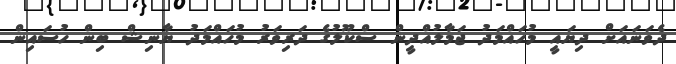
ދެވަނައަށް ދިޔައީ މުހައްމަދު ޖަމާލުއްދީން ސްކޫލުގެ ދަރިވަރު މުހައްމަދު ޔާނިޝް ބިން ހުސައިން